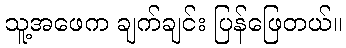
သူ့အဖေက ချက်ချင်း ပြန်ဖြေတယ်။